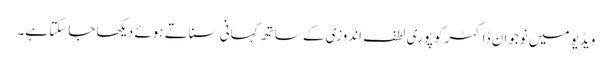
ویڈیو میں نوجوان ڈاکٹر کو پوری لطف اندوزی کے ساتھ کہانی سناتے ہوئے دیکھا جاسکتا ہے۔